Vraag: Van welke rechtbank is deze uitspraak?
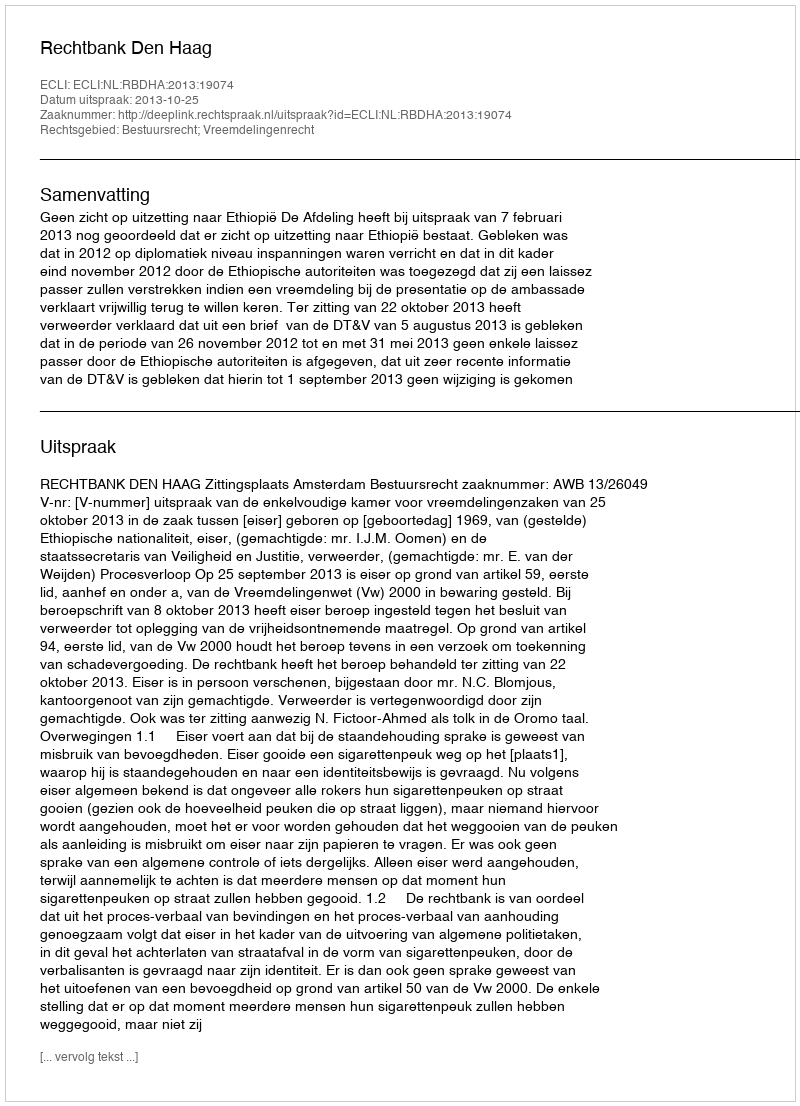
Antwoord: Rechtbank Den Haag